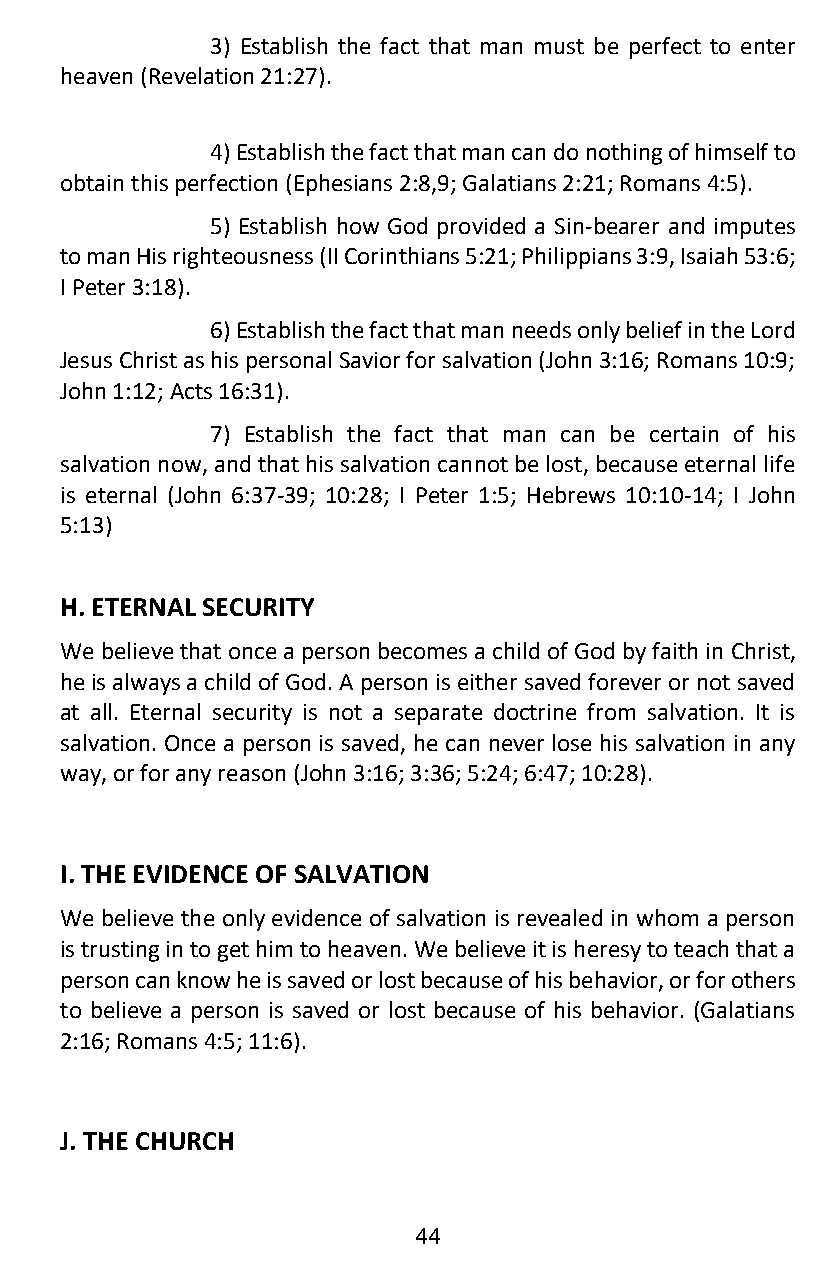
3) Establish the fact that man must be perfect to enter
 heaven (Revelation 21:27).
 4) Establish the fact that man can do nothing of himself to
 obtain this perfection (Ephesians 2:8,9; Galatians 2:21; Romans 4:5).
 5) Establish how God provided a Sin-bearer and imputes
 to man His righteousness (II Corinthians 5:21; Philippians 3:9, Isaiah 53:6;
 I Peter 3:18).
 6) Establish the fact that man needs only belief in the Lord
 Jesus Christ as his personal Savior for salvation (John 3:16; Romans 10:9;
 John 1:12; Acts 16:31).
 7) Establish the fact that man can be certain of his
 salvation now, and that his salvation cannot be lost, because eternal life
 is eternal (John 6:37-39; 10:28; I Peter 1:5; Hebrews 10:10-14; I John
 5:13)
 H. ETERNAL SECURITY
 We believe that once a person becomes a child of God by faith in Christ,
 he is always a child of God. A person is either saved forever or not saved
 at all. Eternal security is not a separate doctrine from salvation. It is
 salvation. Once a person is saved, he can never lose his salvation in any
 way, or for any reason (John 3:16; 3:36; 5:24; 6:47; 10:28).
 I. THE EVIDENCE OF SALVATION
 We believe the only evidence of salvation is revealed in whom a person
 is trusting in to get him to heaven. We believe it is heresy to teach that a
 person can know he is saved or lost because of his behavior, or for others
 to believe a person is saved or lost because of his behavior. (Galatians
 2:16; Romans 4:5; 11:6).
 J. THE CHURCH
 44